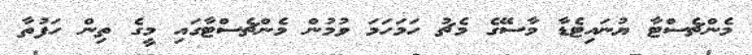
މެންޗެސްޓާ ޔުނައިޓެޑާ މާސޭގެ މެޗު ހަމަހަމަ ވުމުން މެންޗެސްޓާގައި މީގެ ތިން ހަފުތާ